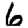
Digit: 6